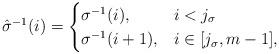
LaTeX: \begin{align*}\hat\sigma^{-1}(i)=\begin{cases}\sigma^{-1}(i), & i<j_\sigma\\\sigma^{-1}(i+1), & i\in [j_\sigma,m-1],\end{cases}\end{align*}